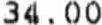
34.00